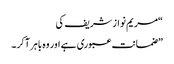
“مریم نوازشریف کی
”ضمانت عبوری ہے اور وہ باہر آکر ۔